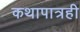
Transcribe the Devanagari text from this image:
कथापात्रही